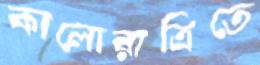
কালোরাত্রিতে